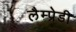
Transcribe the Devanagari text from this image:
लैम्प्रेडी